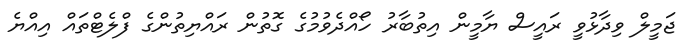
ޖަމީލް ވިދާޅުވީ ރައީސް ޔާމީން އިތުބާރު ހޯއްދެވުމުގެ ގޮތުން ރައްޔިތުންގެ ފްލެޓްތައް އިއްޔެ